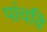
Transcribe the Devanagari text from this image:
पांचवि